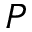
P